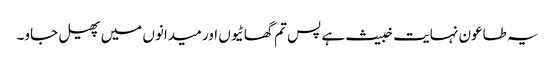
یہ طاعون نہایت خبیث ہے پس تم گھاٹیوں اور میدانوں میں پھیل جاو۔